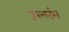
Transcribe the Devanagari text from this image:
उल्लंन